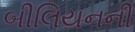
બીલિયનની